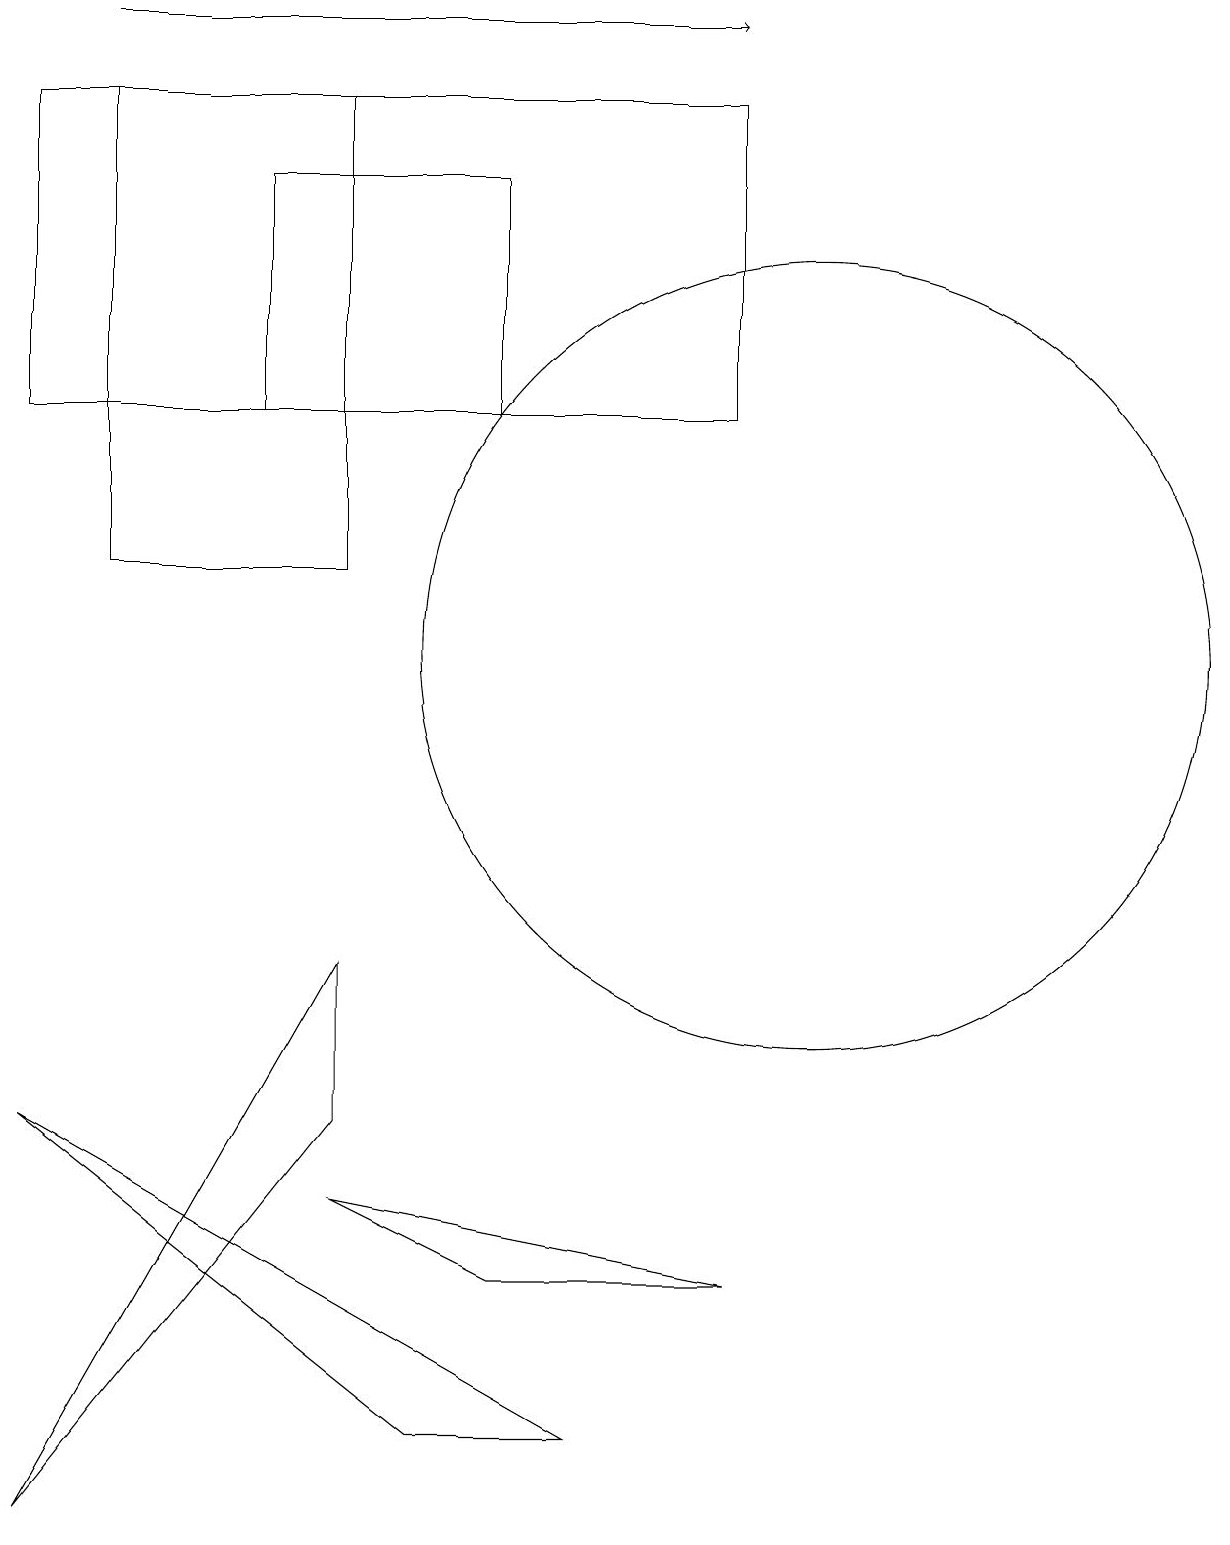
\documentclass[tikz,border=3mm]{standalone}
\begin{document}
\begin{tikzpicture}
\draw (9,18) rectangle (0,14);
\draw (3,17) rectangle (6,14);
\draw (10,11) circle (5);
\draw (5,1) -- (7,1) -- (0,5) -- cycle;
\draw (4,18) rectangle (1,12);
\draw[->] (1,19) -- (9,19);
\draw (0,0) -- (4,5) -- (4,7) -- cycle;
\draw (6,3) -- (4,4) -- (9,3) -- cycle;
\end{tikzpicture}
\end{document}